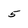
Character: 5